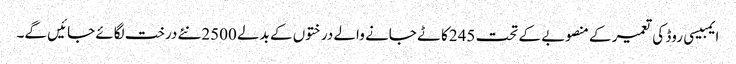
ایمبیسی روڈ کی تعمیر کے منصوبے کے تحت 245کاٹے جانے والے درختوں کے بدلے 2500نئے درخت لگائے جائیں گے۔